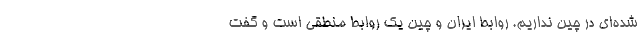
شده‌ای در چین نداریم. روابط ایران و چین یک روابط منطقی است و گفت‌